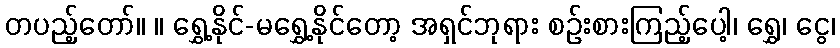
တပည့်တော်။ ။ ရွှေ့နိုင်-မရွှေ့နိုင်တော့ အရှင်ဘုရား စဉ်းစားကြည့်ပေါ့၊ ရွှေ၊ ငွေ၊